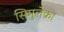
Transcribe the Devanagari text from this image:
सिमुलेक्रा